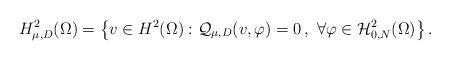
LaTeX: \begin{align*}H^2_{\mu,D}(\Omega)=\left\{v\in H^2(\Omega):\mathcal{Q}_{\mu,D}(v,\varphi)=0\,,\ \forall\varphi\in \mathcal{H}^2_{0,N}(\Omega)\right\}.\end{align*}